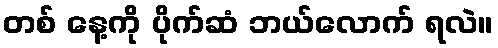
တစ် နေ့ကို ပိုက်ဆံ ဘယ်လောက် ရလဲ။